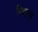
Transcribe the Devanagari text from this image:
मिथरस